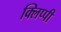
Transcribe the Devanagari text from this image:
क्लिप्पी